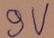
Text: 9V